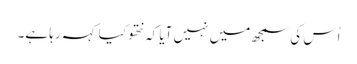
اُس کی سمجھ میں نہیں آیا کہ نتھو کیا کہہ رہا ہے۔